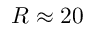
R \approx 2 0